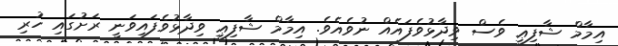
އިމާމް ޝާފިޢީ ވެސް ވިދާޅުވެފައެއް ނުވެއެވެ. އިމާމް ޝާފިޢީ ވިދާޅުވެފައިވަނީ ރަށުގައި ހުރި